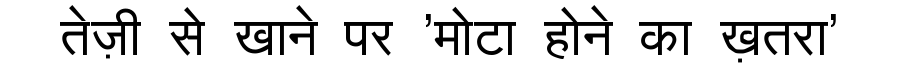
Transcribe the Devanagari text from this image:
तेज़ी से खाने पर 'मोटा होने का ख़तरा'